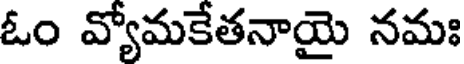
ఓం వ్యోమకేతనాయై నమః